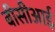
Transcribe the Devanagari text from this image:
बीसीआई